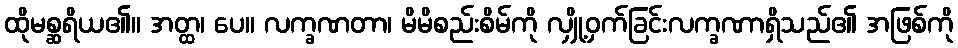
ထိုမစ္ဆရိယ၏။ အတ္ထ၊ ပေ။ လက္ခဏတာ၊ မိမိစည်းစိမ်ကို လျှို့ဝှက်ခြင်းလက္ခဏာရှိသည်၏ အဖြစ်ကို